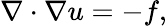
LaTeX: \nabla\cdot\nabla u=-f,